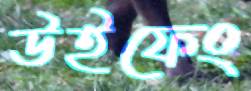
উইফেং